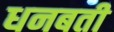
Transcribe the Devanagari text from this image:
धनबती